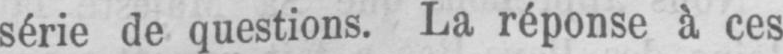
série de questions. La réponse à ces